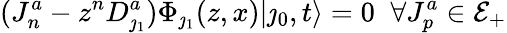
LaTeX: (J_{n}^{a}-z^{n}D_{\jmath_{1}}^{a})\Phi_{\jmath_{1}}(z,x)|\jmath_{0},t\rangle=0\; \; \forall J_{p}^{a}\in{\cal E}_{+}